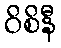
ဝိစိနီ